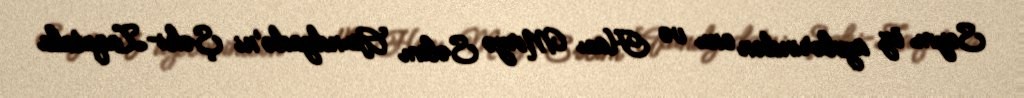
Seym öz üzvlərindən onu və Hacı Mirzə Səlim Axundzadə’ni Şəki-Zaqatala